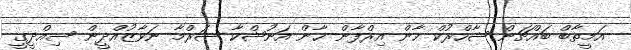
އަމީތާބް ބައްޗަން ޝާހްރުކް ޚާން އިރްފާން ޚާން އަނުޝްކާ ޝަރްމާ ނަވާޒުއްދީން ސިއްދީގީ